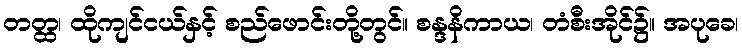
တတ္ထ၊ ထိုကျင်ငယ်နှင့် စည်ဖောင်းတို့တွင်။ စန္ဒနိကာယ၊ တံစီးအိုင်၌။ အပုခေ၊